65_HS1-834228961_62-HQ-83894_Section_4
Agency: FBI
Page 63
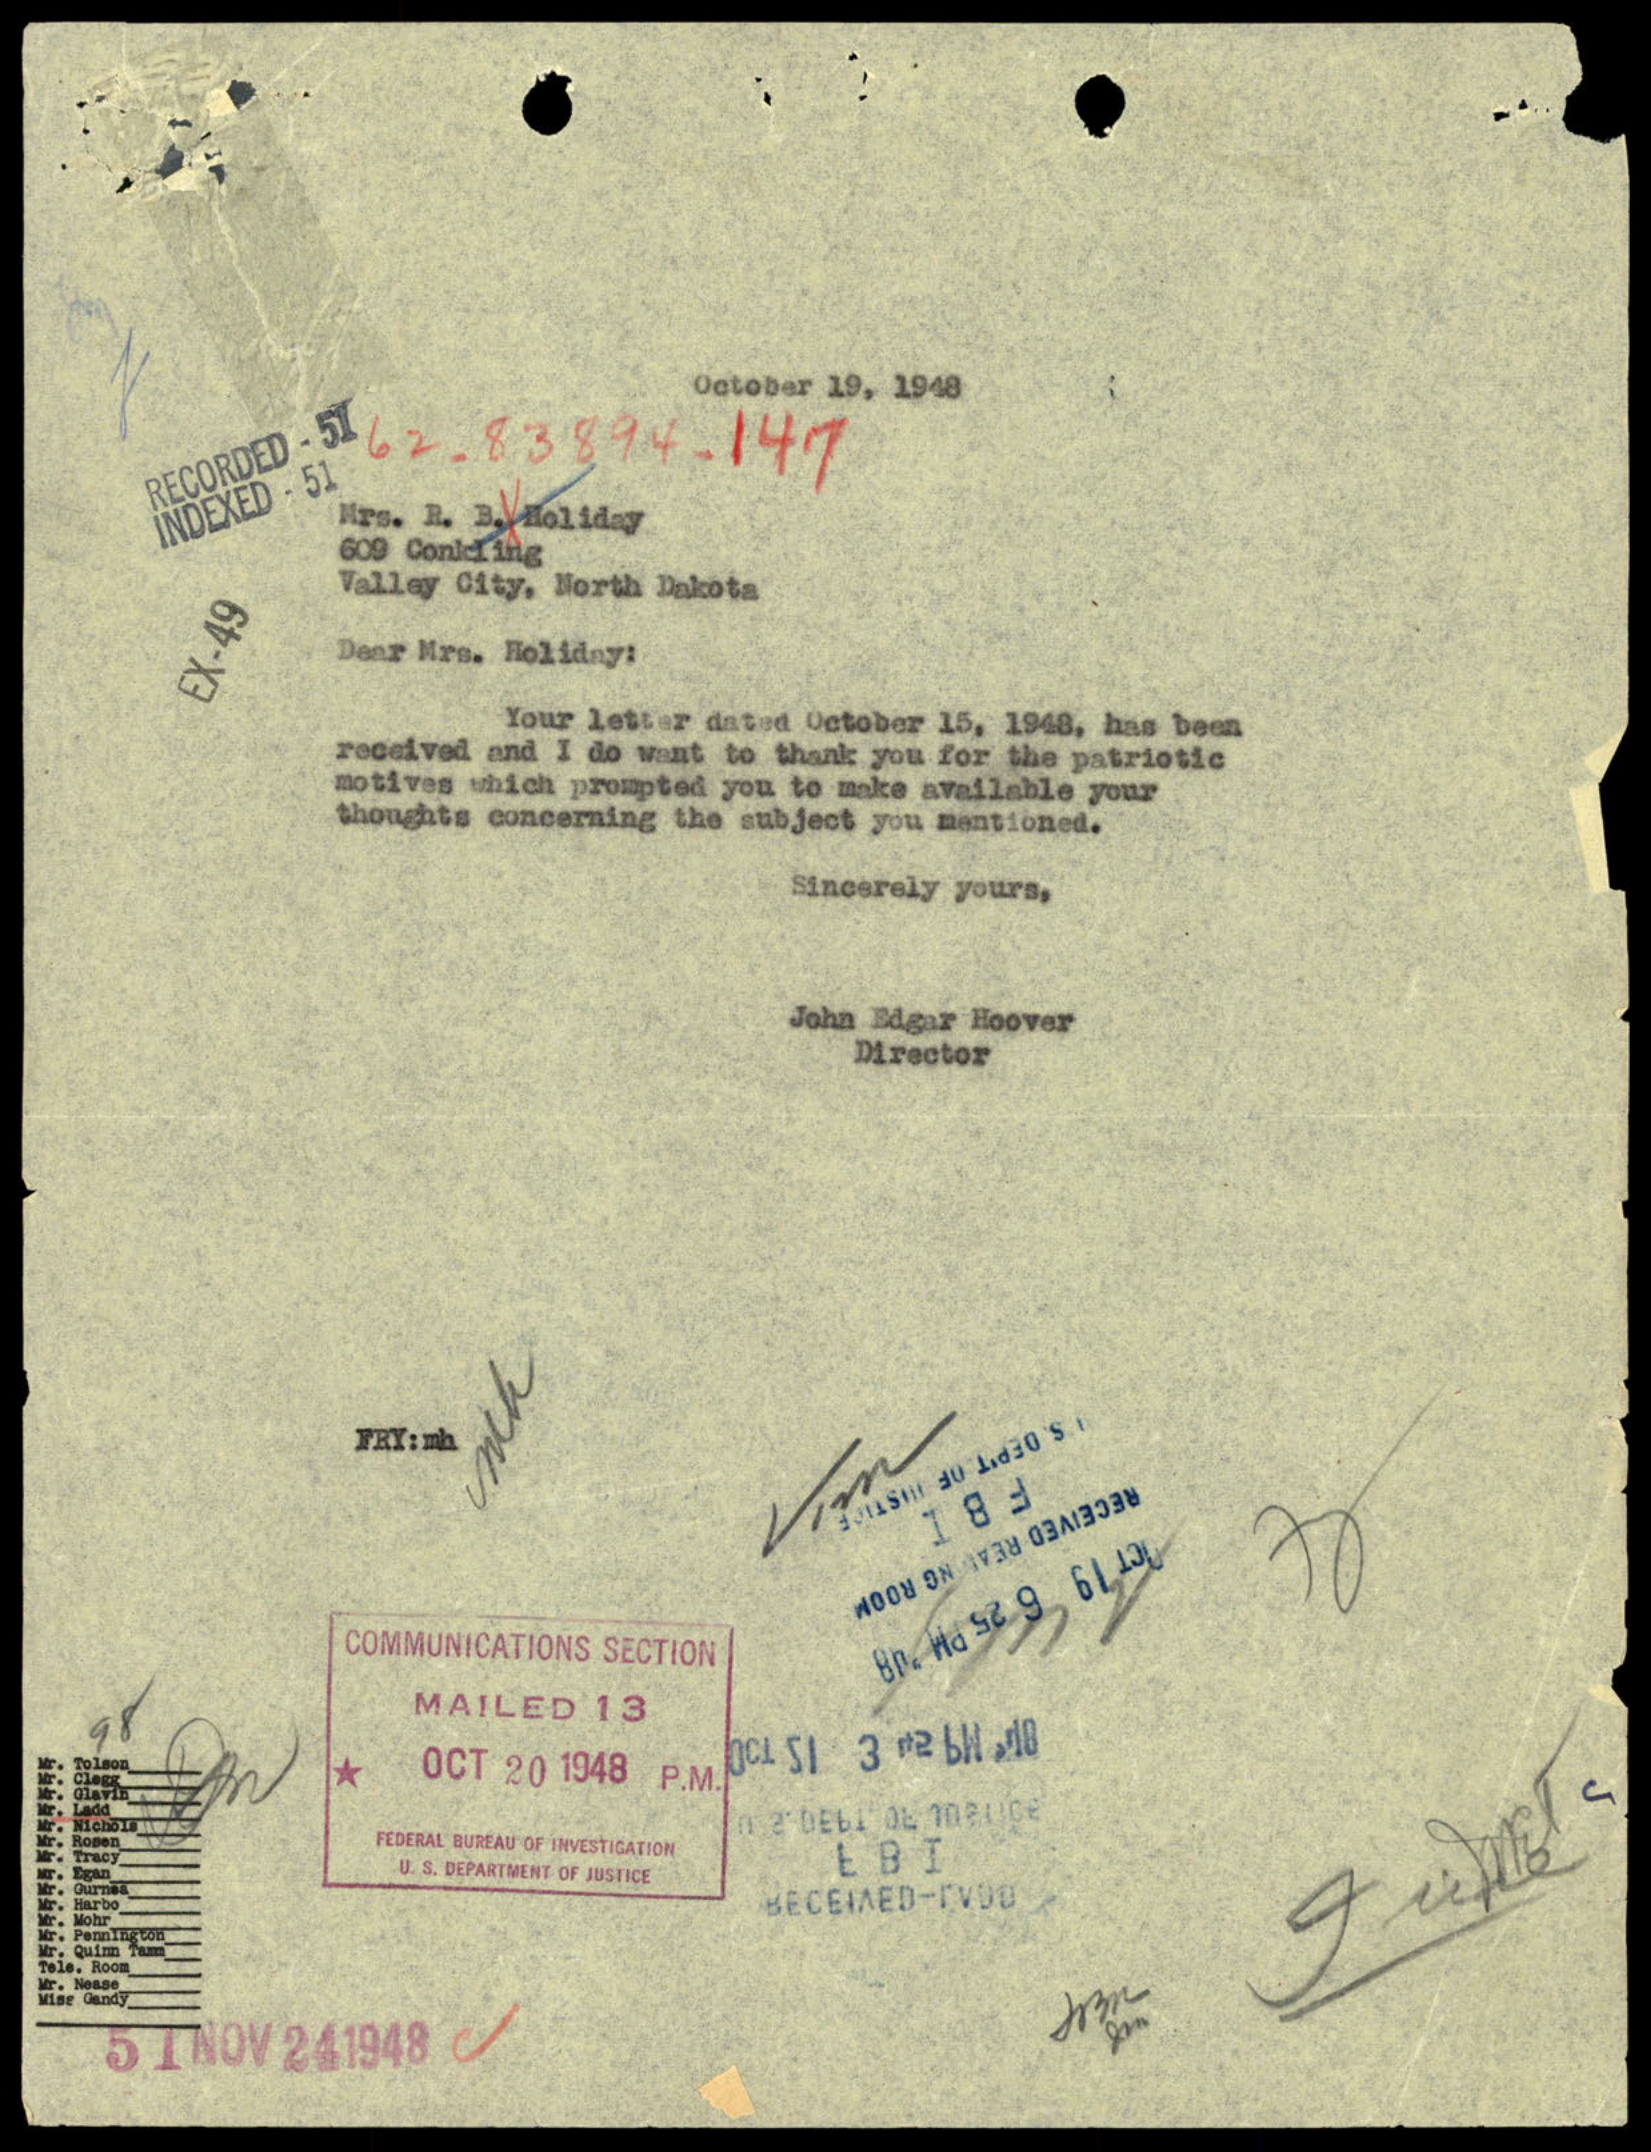